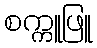
စက္ကူဖြူ